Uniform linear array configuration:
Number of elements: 16
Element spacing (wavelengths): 1
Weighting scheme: exponential
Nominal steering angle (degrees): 0
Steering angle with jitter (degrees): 0.04079
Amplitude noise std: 0.05
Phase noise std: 0.05

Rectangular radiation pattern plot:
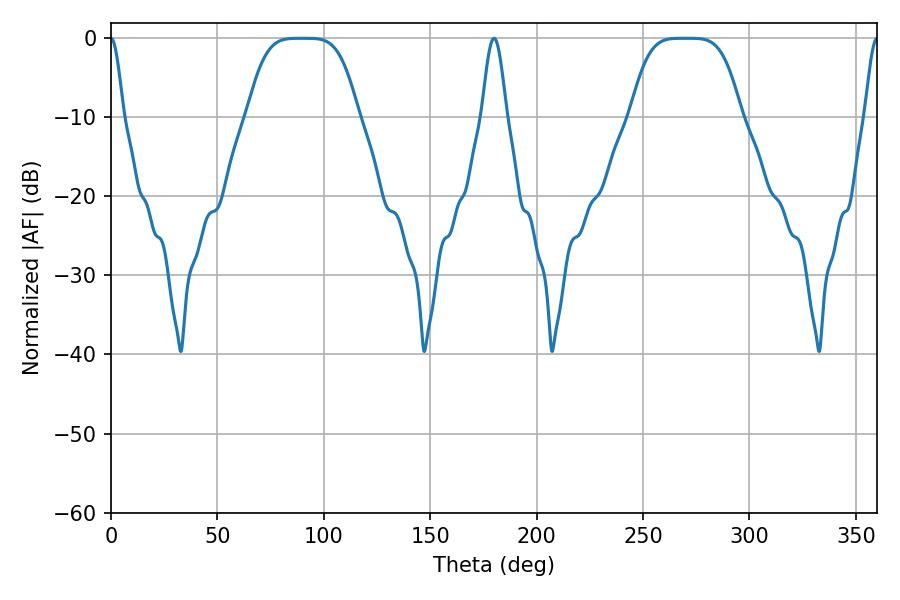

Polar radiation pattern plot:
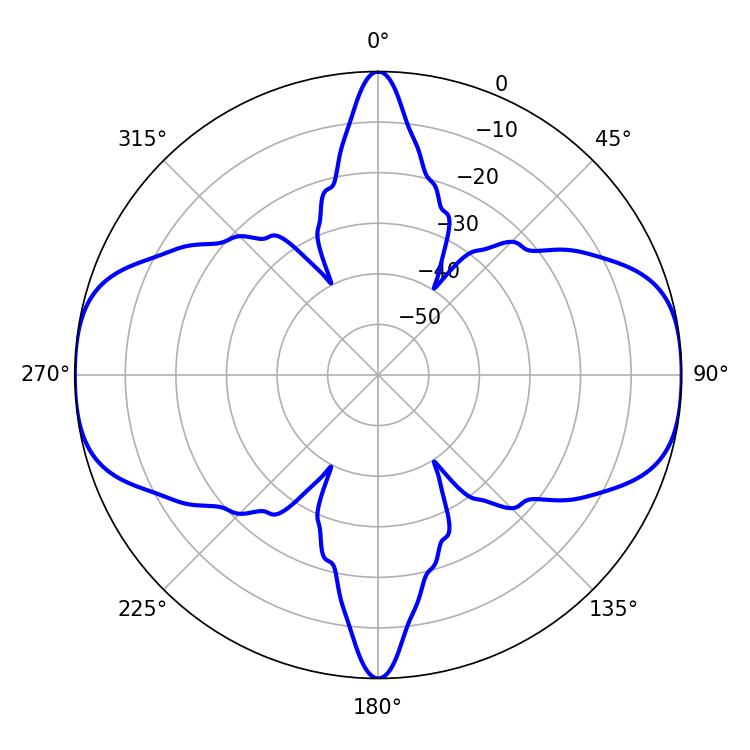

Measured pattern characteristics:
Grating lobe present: TRUE
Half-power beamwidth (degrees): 37.8
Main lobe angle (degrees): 268.92